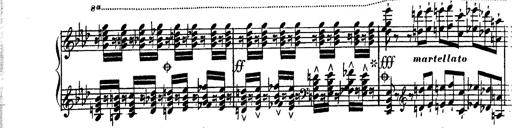
Title: Hexameron, Morceau de Concert
Composer: Franz Liszt